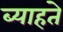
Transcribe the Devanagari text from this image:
ब्याहते